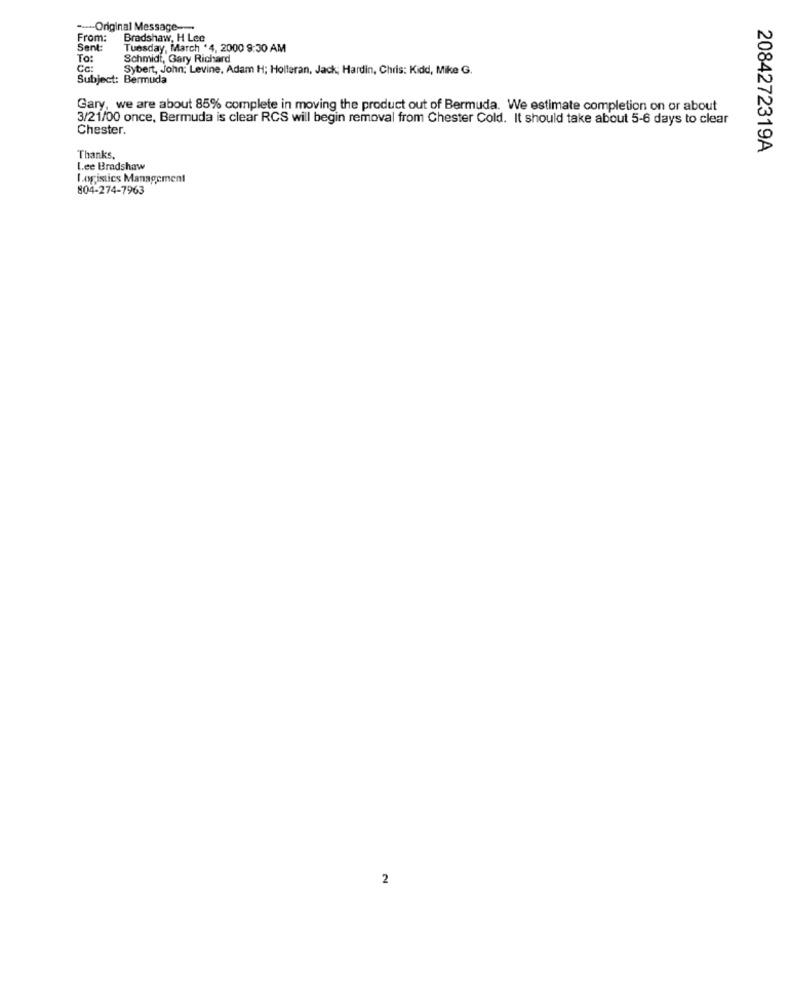
--- Original Message ---
From:
Bradshaw, H Lee
Sent
Tuesday, March '4, 2000 9:30 AM
To:
Schmidt, Gary Richard
Sybert, John; Levine, Adam H; Holleran, Jack; Hardin, Chris: Kidd, Mike G.
Subject: Bermuda
Gary, we are about 85% complete in moving the product out of Bermuda. We estimate completion on or about
3/21/00 once, Bermuda is clear RCS will begin removal from Chester Cold. It should take about 5-6 days to clear
Chester.
2084272319A
Thanks,
Lee Bradshaw
Logistics Management
804-274-7963
2